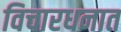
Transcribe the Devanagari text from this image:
विचारधनात